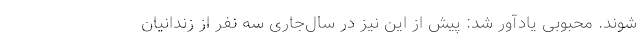
شوند. محبوبی یادآور شد: پیش از این نیز در سال‌جاری سه نفر از زندانیان